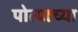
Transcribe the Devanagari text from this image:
पोत्याच्या